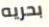
بحريه